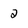
Character: 2